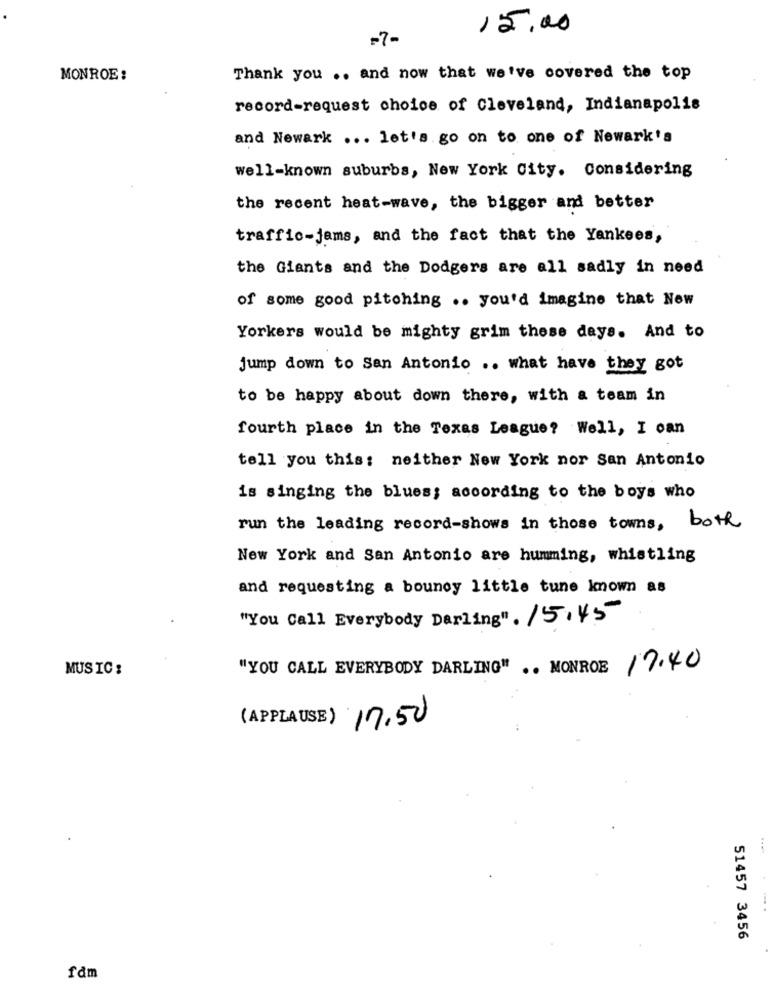
15.00
-7-
MONROE:
Thank you .. and now that we've covered the top
record-request choice of Cleveland, Indianapolis
and Newark ... let's go on to one of Newark's
well-known suburbs, New York City. Considering
the recent heat-wave, the bigger and better
traffic-jams, and the fact that the Yankees,
the Giants and the Dodgers are all sadly in need
of some good pitching .. you'd imagine that Now
Yorkers would be mighty grim these days. And to
jump down to San Antonio .. what have they got
to be happy about down there, with a team in
fourth place in the Texas League? Well, I can
tell you this: neither New York nor San Antonio
is singing the blues; according to the boys who
run the leading record-shows in those towns, both
New York and San Antonio are humming, whistling
and requesting a bouncy little tune known as
"You Call Everybody Darling". 15.45
MUSIC:
"YOU CALL EVERYBODY DARLING" .. MONROE
17.40
(APPLAUSE) 17.50
51457 3456
fdm